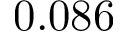
0 . 0 8 6